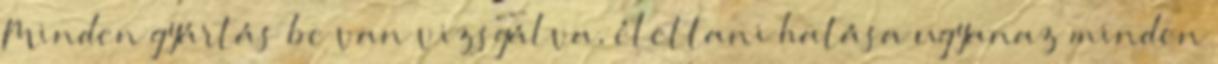
Minden gyártás be van vizsgálva, élettani hatása ugyanaz minden